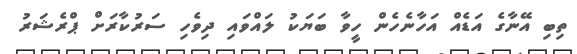
ތިބި އޭނާގެ އަޑެއް އަހާނެހެން ހީވާ ބަޔަކު ލައްވައި ދިވެހި ސަރުކާރަށް ޕްރެޝަރު